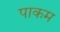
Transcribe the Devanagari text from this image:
पाकम